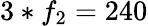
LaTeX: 3*f_{2}=240